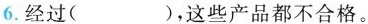
6.经过( )，这些产品都不合格。